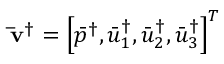
{ { { \bf { \bar { v } } } } ^ { \dag } } = { \left[ { { { \bar { p } } ^ { \dag } } , \bar { u } _ { 1 } ^ { \dag } , \bar { u } _ { 2 } ^ { \dag } , \bar { u } _ { 3 } ^ { \dag } } \right] ^ { T } }